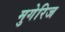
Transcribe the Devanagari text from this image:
मुगेरिज